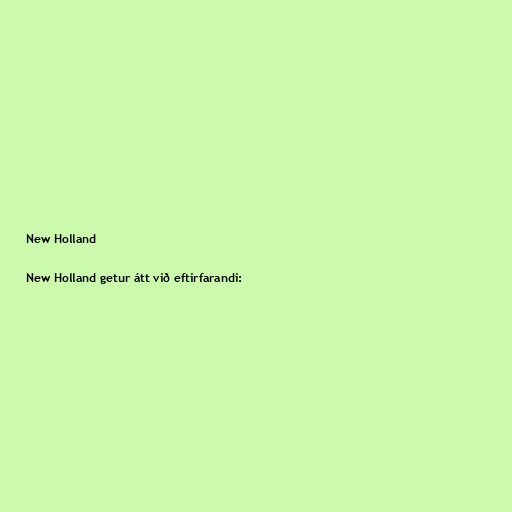
New Holland

New Holland getur átt við eftirfarandi: